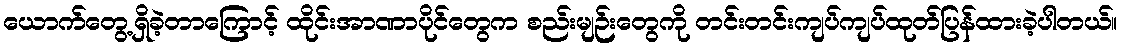
ယောက်တွေ့ရှိခဲ့တာကြောင့် ထိုင်းအာဏာပိုင်တွေက စည်းမျဉ်းတွေကို တင်းတင်းကျပ်ကျပ်ထုတ်ပြန်ထားခဲ့ပါတယ်။